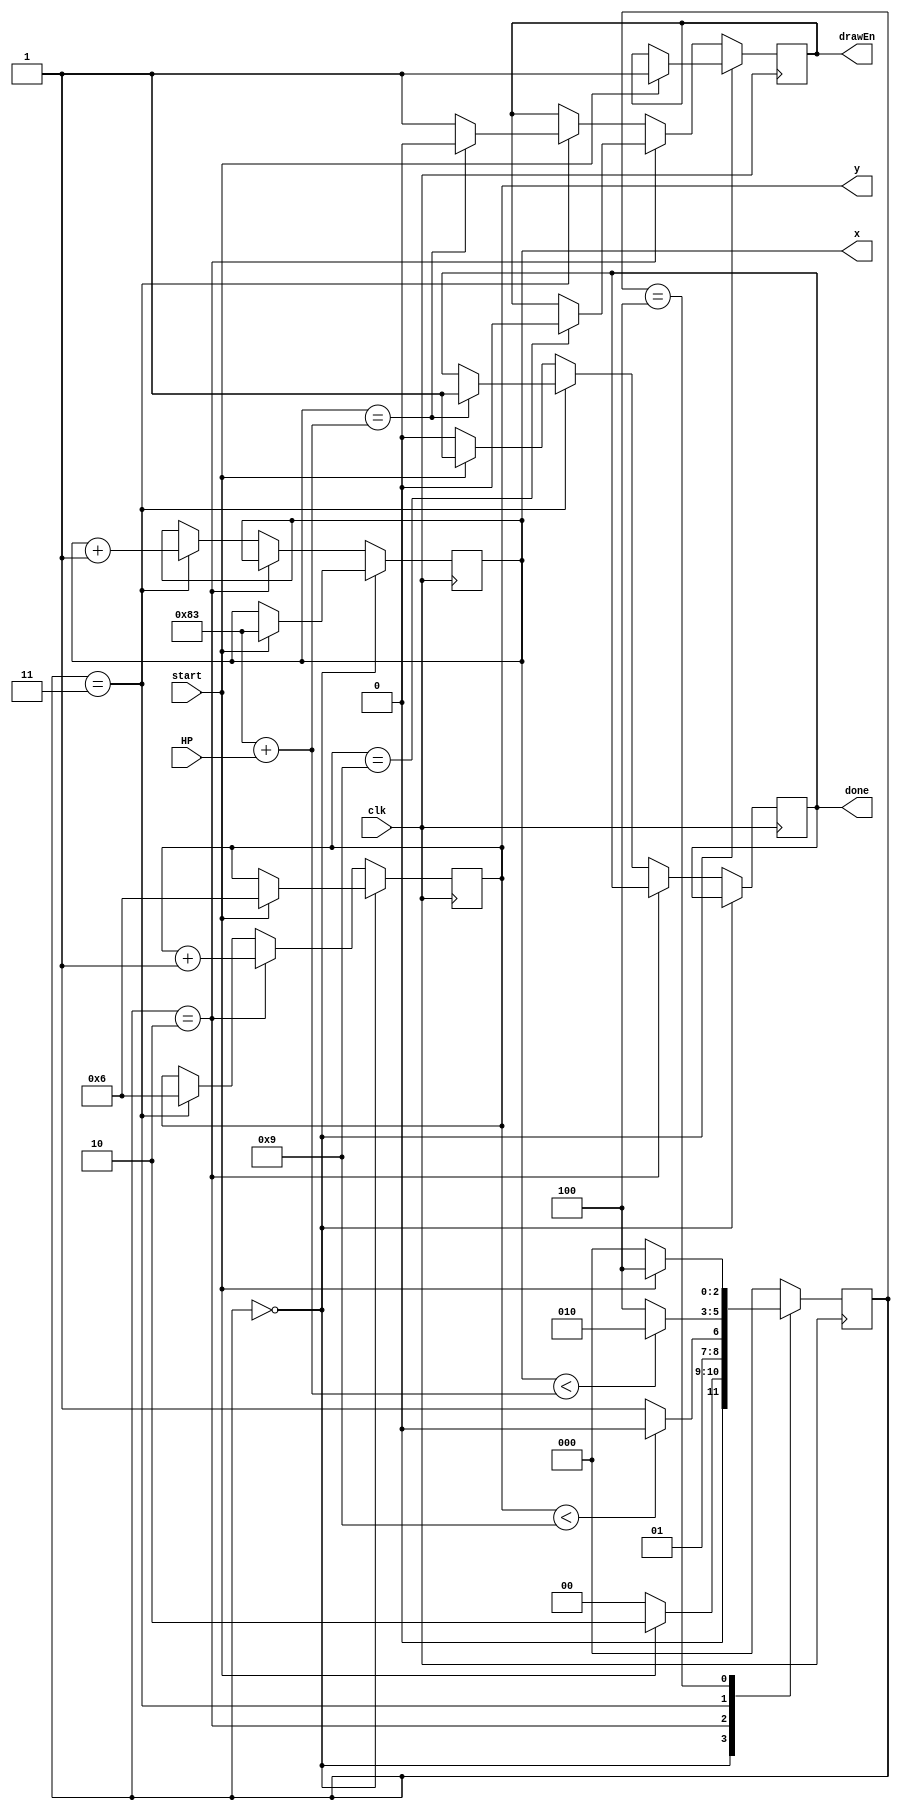
module drawHP(clk, start, HP, done, drawEn, x, y);
	input clk, start;
	input [4:0]HP;

	output reg done;
	output reg drawEn; //drawEnable of vga
	output reg [7:0] x;
	output reg [6:0] y;
	
	parameter A = 3'b000, B = 3'b001, C = 3'b010, D = 3'b011,
				 E = 3'b100, F = 3'b101, G = 3'b110;
				 
	reg [2:0]state, n_state;
	
		//state table	
	always @(*)
	begin
		case(state)
		A://initializing
				if(start)
				n_state = C;
				else
				n_state = A;
				
		C: if(y < (7'd6 + 3'd3))
				n_state = C;
			else
				n_state = D;
		D:	if(x < (8'd131 + HP))
				n_state = C;
			else
				n_state = E;
		E: if(!start)
				n_state = A;
			else 
				n_state = E;
				
		default: n_state = A;
		endcase
	end	

	
	//datapath
	always@(posedge clk) begin
	state <= n_state;
	
	if(state == A) begin //initializing write
		if(start) begin
			drawEn <= 1'b1;
			x <= 8'd131;
			y <= 7'd6;
		end
	end
	else if(state == C) begin
		y <= y + 1;
		if(y == (7'd6 + 3'd3))
			drawEn <= 1'b0;
	end
	
	else if(state == D) begin
		x <= x + 1;
		y <= 7'd6;
		if(x == (8'd131 + HP)) begin
			done <= 1;
			drawEn <= 1'b0;
		end
		else
			drawEn <= 1'b1;
	end
	else begin
		if(!start)
			done <= 0;
		else
			done <= 1;
	end
	
	end
	endmodule